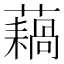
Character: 𫊇